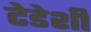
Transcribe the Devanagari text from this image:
टेडेशी